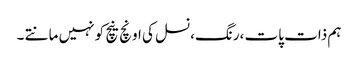
ہم ذات پات ،رنگ،نسل کی اونچ نیچ کو نہیں مانتے ۔